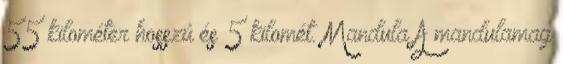
55 kilométer hosszú és 5 kilomét. Mandula A mandulamag